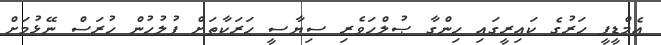
އެމްޑީޕީ ހަރުގެ ކައިރީގައި ހިންގާ ޞުލްޙަވެރި ސިޔާސީ ޙަރަކާތަށް ފުލުހުން ހުރަސް ނޭޅުމަށް